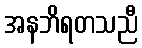
အနဘိရတသညီ